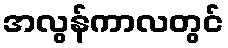
အလွန်ကာလတွင်